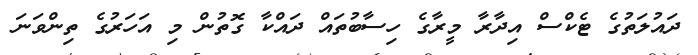
ދައުލަތުގެ ޓެކްސް އިދާރާ މީރާގެ ހިސާބުތައް ދައްކާ ގޮތުން މި އަހަރުގެ ތިންވަނަ